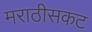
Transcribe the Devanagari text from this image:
मराठीसकट